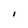
Character: I